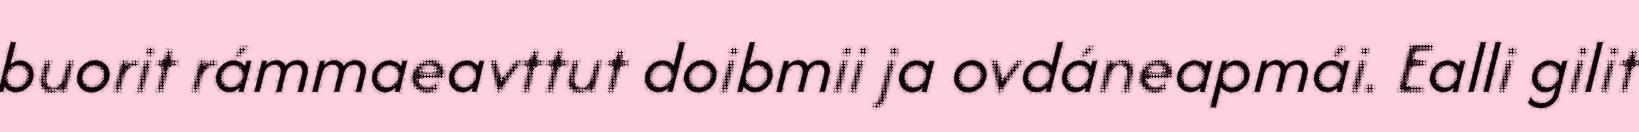
buorit rámmaeavttut doibmii ja ovdáneapmái. Ealli gilit